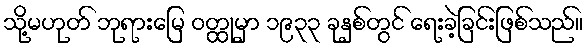
သို့မဟုတ် ဘုရားမြေ ဝတ္ထုမှာ ၁၉၃၃ ခုနှစ်တွင် ရေးခဲ့ခြင်းဖြစ်သည်။